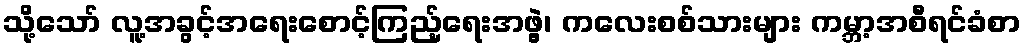
သို့သော် လူ့အခွင့်အရေးစောင့်ကြည့်ရေးအဖွဲ့၊ ကလေးစစ်သားများ ကမ္ဘာ့အစီရင်ခံစာ